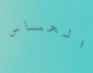
الحساس